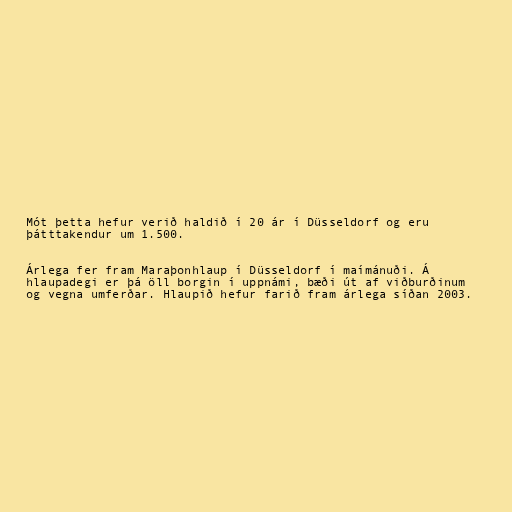
Mót þetta hefur verið haldið í 20 ár í Düsseldorf og eru
þátttakendur um 1.500.

Árlega fer fram Maraþonhlaup í Düsseldorf í maímánuði. Á
hlaupadegi er þá öll borgin í uppnámi, bæði út af viðburðinum
og vegna umferðar. Hlaupið hefur farið fram árlega síðan 2003.